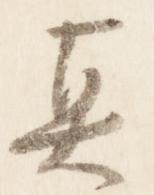
真